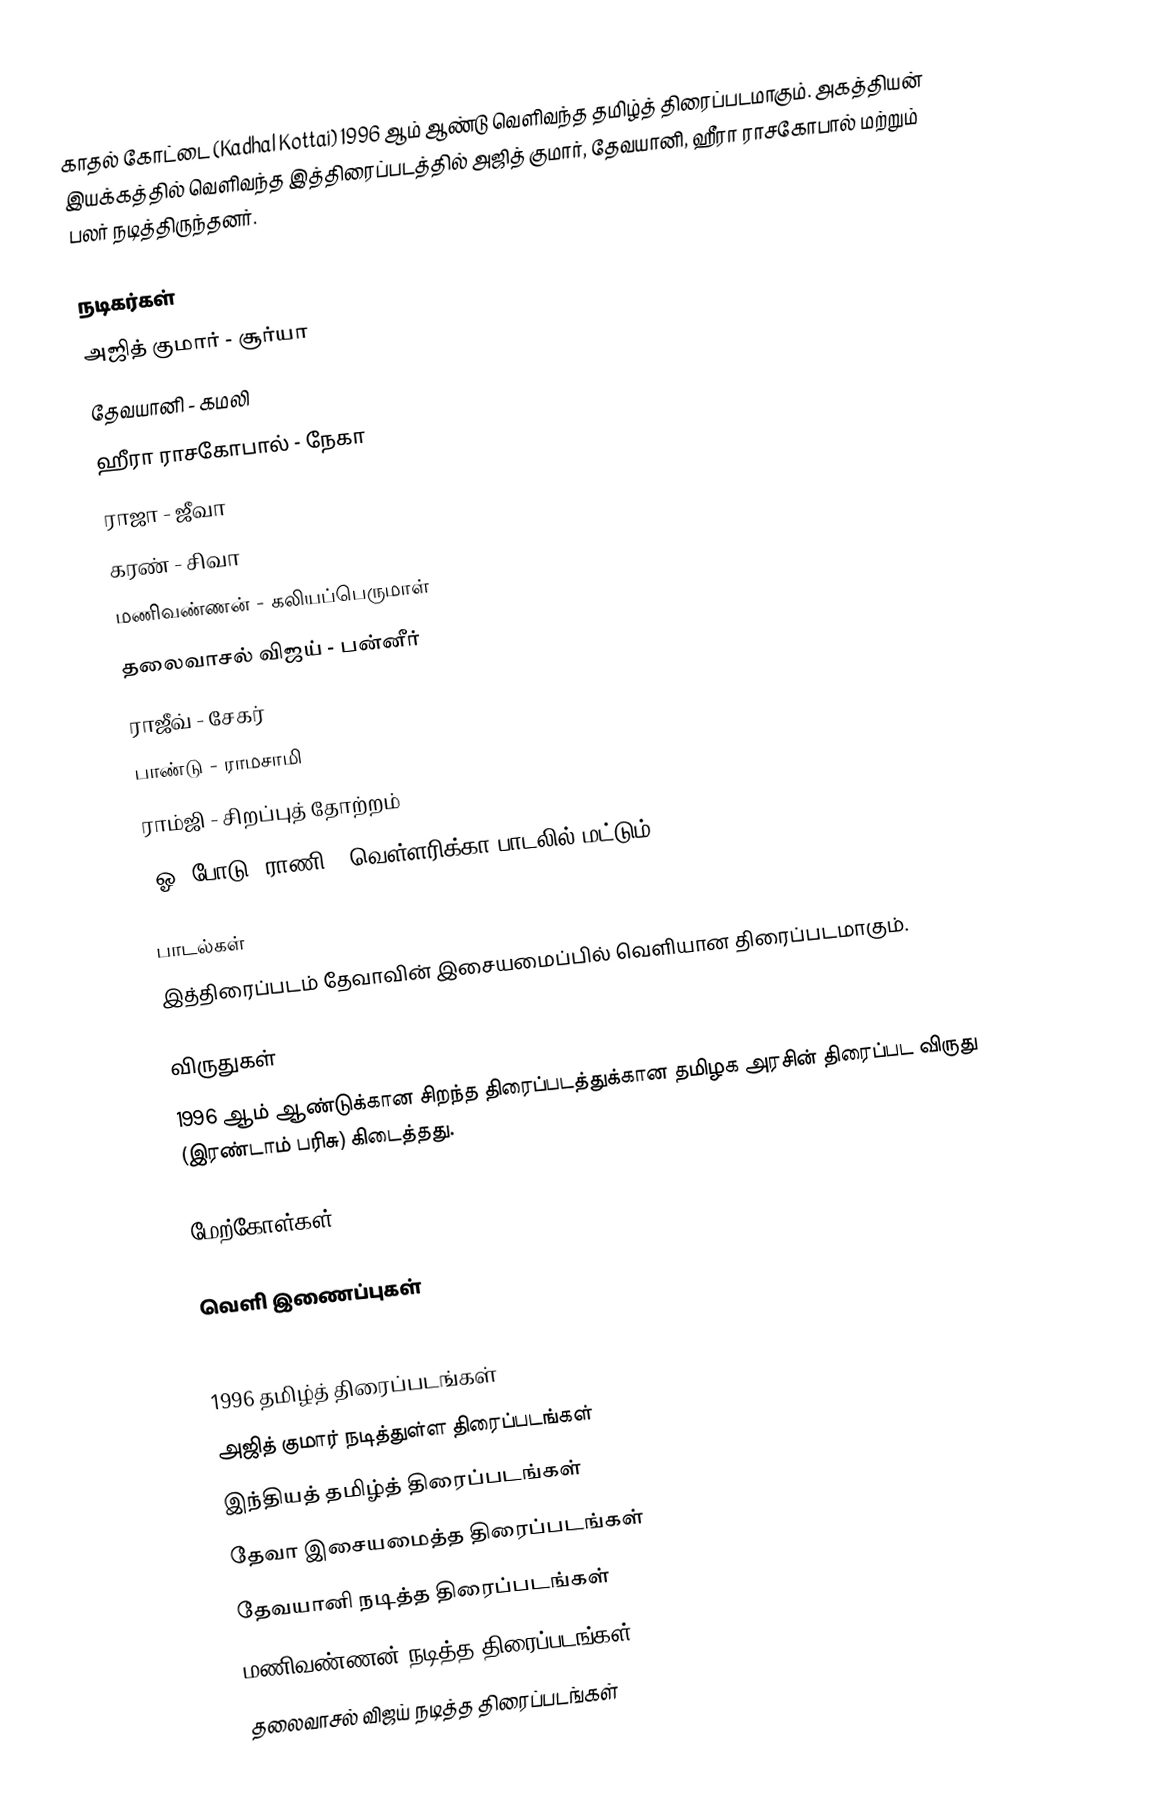
காதல் கோட்டை (Kadhal Kottai) 1996 ஆம் ஆண்டு வெளிவந்த தமிழ்த் திரைப்படமாகும். அகத்தியன் இயக்கத்தில் வெளிவந்த இத்திரைப்படத்தில் அஜித் குமார், தேவயானி, ஹீரா ராசகோபால் மற்றும் பலர் நடித்திருந்தனர்.

நடிகர்கள்
 அஜித் குமார் - சூர்யா
 தேவயானி - கமலி
 ஹீரா ராசகோபால் - நேகா
 ராஜா - ஜீவா
 கரண் - சிவா
 மணிவண்ணன் - கலியப்பெருமாள்
 தலைவாசல் விஜய் - பன்னீர்
 ராஜீவ் - சேகர்
 பாண்டு - ராமசாமி
 ராம்ஜி - சிறப்புத் தோற்றம்
 'ஓ! போடு' ராணி - வெள்ளரிக்கா பாடலில் மட்டும்

பாடல்கள்
இத்திரைப்படம் தேவாவின் இசையமைப்பில் வெளியான திரைப்படமாகும்.

விருதுகள்
 1996 ஆம் ஆண்டுக்கான சிறந்த திரைப்படத்துக்கான தமிழக அரசின் திரைப்பட விருது (இரண்டாம் பரிசு) கிடைத்தது.

மேற்கோள்கள்

வெளி இணைப்புகள்

1996 தமிழ்த் திரைப்படங்கள்
அஜித் குமார் நடித்துள்ள திரைப்படங்கள்
இந்தியத் தமிழ்த் திரைப்படங்கள்
தேவா இசையமைத்த திரைப்படங்கள்
தேவயானி நடித்த திரைப்படங்கள்
மணிவண்ணன் நடித்த திரைப்படங்கள்
தலைவாசல் விஜய் நடித்த திரைப்படங்கள்